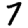
Digit: 7